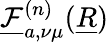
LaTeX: \underline{{\mathcal{F}}}_{a,\nu\mu}^{(n)}(\underline{{R}})